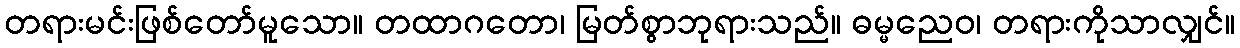
တရားမင်းဖြစ်တော်မူသော။ တထာဂတော၊ မြတ်စွာဘုရားသည်။ ဓမ္မညေဝ၊ တရားကိုသာလျှင်။